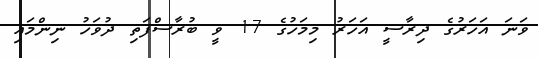
ވަނަ އަހަރުގެ ދިރާސީ އަހަރު މިމަހުގެ 17 ވީ ބުރާސްފަތި ދުވަހު ނިންމައި